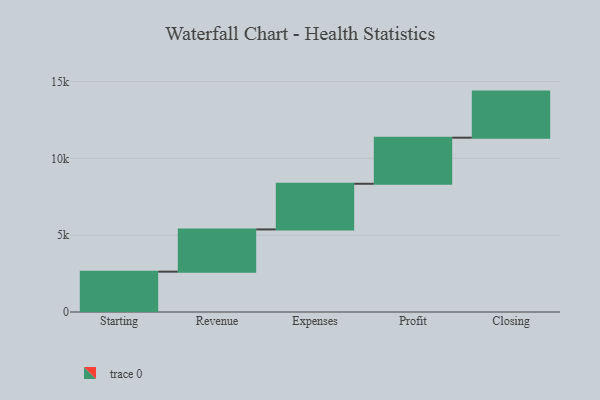
{"axis": {"x": "Step", "y": "Value"}, "legend": [""], "data": [{"x": "Starting", "y": 2626.0, "type": ""}, {"x": "Revenue", "y": 2748.0, "type": ""}, {"x": "Expenses", "y": 2973.0, "type": ""}, {"x": "Profit", "y": 3000, "type": ""}, {"x": "Closing", "y": 3000, "type": ""}]}